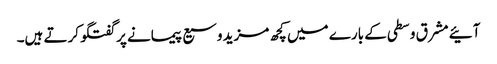
آئیے مشرق وسطی کے بارے میں کچھ مزید وسیع پیمانے پر گفتگو کرتے ہیں۔